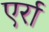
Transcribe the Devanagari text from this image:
एर्रा